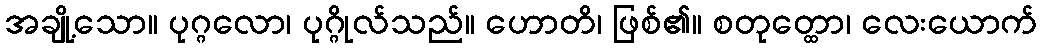
အချို့သော။ ပုဂ္ဂလော၊ ပုဂ္ဂိုလ်သည်။ ဟောတိ၊ ဖြစ်၏။ စတုတ္ထော၊ လေးယောက်